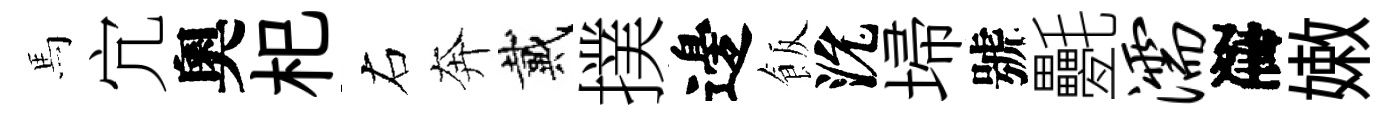
馬宂奧𣏌右奔戴撲邊飯沇埽號氎濡序嫩